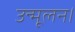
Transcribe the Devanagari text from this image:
उन्मूलन।